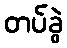
တပ်ခွဲ